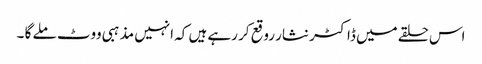
اس حلقے میں ڈاکٹر نثار روقع کر رہے ہیں کہ انہیں مذہبی ووٹ ملے گا ۔